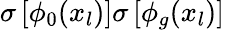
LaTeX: \sigma\left[\phi_{0}(x_{l})\right]\sigma\left[\phi_{g}(x_{l})\right]